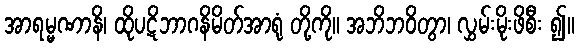
အာရမ္မဏာနိ၊ ထိုပဋိဘာဂနိမိတ်အာရုံ တို့ကို။ အဘိဘဝိတွာ၊ လွှမ်းမိုးဖိစီး ၍။